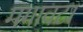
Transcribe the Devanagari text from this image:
मगावटा